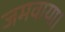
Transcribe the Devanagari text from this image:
जमवाया।